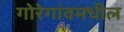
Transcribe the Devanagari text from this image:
गोरेगांवमधील